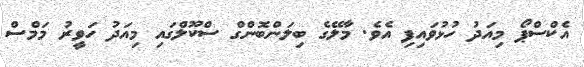
އެކްސްޕޯ މިއަދު ހުޅުވައިފި އެވެ. މާލޭގެ ބިލަންބޮންގް ސްކޫލްގައި މިއަދު ހަވީރު މަމްސް